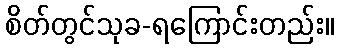
စိတ်တွင်သုခ-ရကြောင်းတည်း။